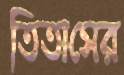
তিতাসের